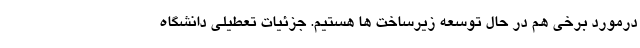
درمورد برخی هم در حال توسعه زیرساخت ها هستیم. جزئیات تعطیلی دانشگاه